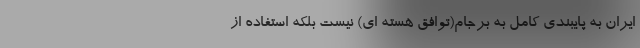
ایران به پایبندی کامل به برجام(توافق هسته ای) نیست بلکه استفاده از